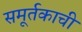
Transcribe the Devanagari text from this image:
समूर्तकाची